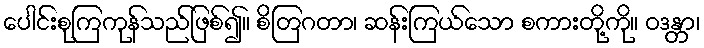
ပေါင်းစုကြကုန်သည်ဖြစ်၍။ စိတြဂတာ၊ ဆန်းကြယ်သော စကားတို့ကို။ ဝဒန္တာ၊